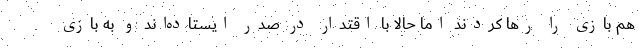
هم بازی را رها کردند اما حالا با اقتدار در صدر ایستاده‌اند و به بازی